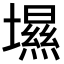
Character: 㙷